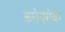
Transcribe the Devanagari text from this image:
कलेबरोबर